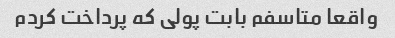
واقعا متاسفم بابت پولی که پرداخت کردم